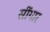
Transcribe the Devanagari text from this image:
सींगार